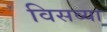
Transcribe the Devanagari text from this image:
विसव्या